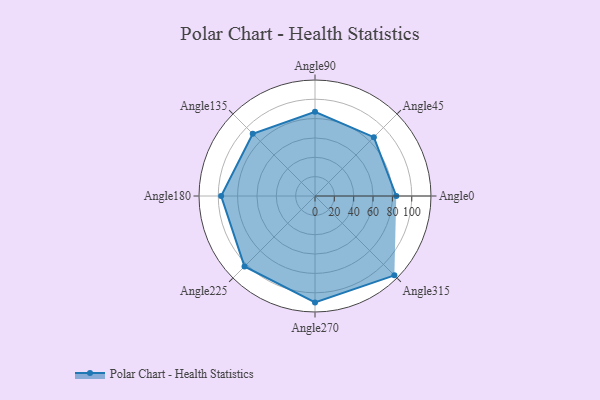
{"axis": {"x": "Angle", "y": "Radius"}, "legend": [""], "data": [{"x": "Angle0", "y": 84.0, "type": ""}, {"x": "Angle45", "y": 86.0, "type": ""}, {"x": "Angle90", "y": 87.0, "type": ""}, {"x": "Angle135", "y": 91.0, "type": ""}, {"x": "Angle180", "y": 97.0, "type": ""}, {"x": "Angle225", "y": 103.0, "type": ""}, {"x": "Angle270", "y": 110.0, "type": ""}, {"x": "Angle315", "y": 116.0, "type": ""}]}